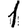
Digit: 1